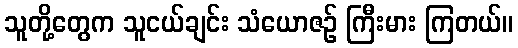
သူတို့တွေက သူငယ်ချင်း သံယောဇဉ် ကြီးမား ကြတယ်။